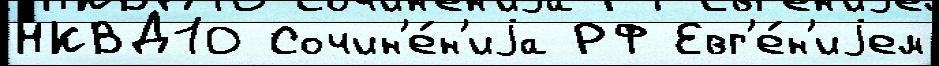
НКВД10 Сочин'е́н'иjа РФ Евг'е́н'иjем